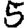
Digit: 5